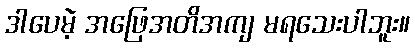
ဒါပေမဲ့ အဖြေအတိအကျ မရသေးပါဘူး။